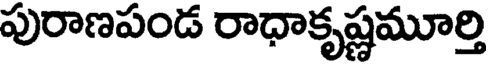
పురాణపండ రాధాకృష్ణమూర్తి